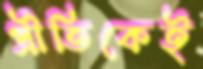
প্রীতিকেই